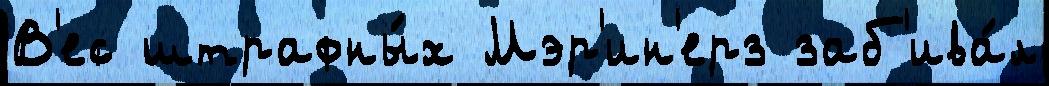
В'ес штрафны́х Мэр'ин'ерз заб'ива́л